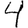
Digit: 4